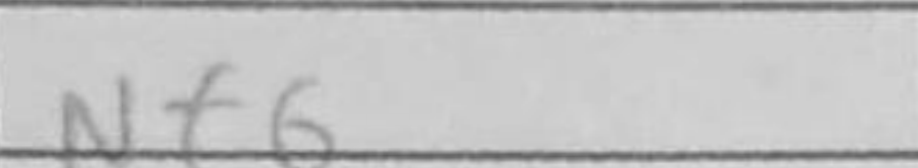
Transcription: Nf6